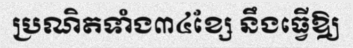
ប្រណិតទាំង៣៤ខ្សែ នឹងធ្វើឱ្យ